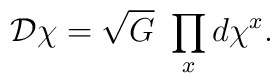
{\cal D} \chi = \sqrt{G}\  \prod_x d\chi^x.